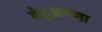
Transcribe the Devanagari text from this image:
बंडूअण्णा